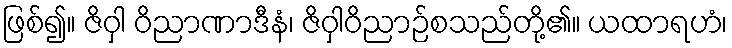
ဖြစ်၍။ ဇိဝှါ ဝိညာဏာဒီနံ၊ ဇိဝှါဝိညာဉ်စသည်တို့၏။ ယထာရဟံ၊